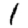
Digit: 1